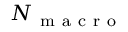
N _ { \mathrm { ~ m ~ a ~ c ~ r ~ o ~ } }